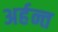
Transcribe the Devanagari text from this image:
अर्हन्त